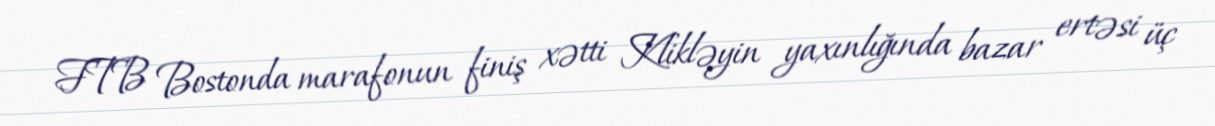
FTB Bostonda marafonun finiş xətti Klikləyin yaxınlığında bazar ertəsi üç